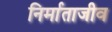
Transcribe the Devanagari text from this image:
निर्माताजीव